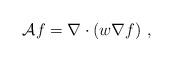
LaTeX: \begin{align*}\mathcal{A}f = \nabla \cdot (w \nabla f)~,\end{align*}